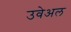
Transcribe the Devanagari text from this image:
उवेअल